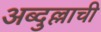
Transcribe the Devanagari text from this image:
अब्दुल्लाची